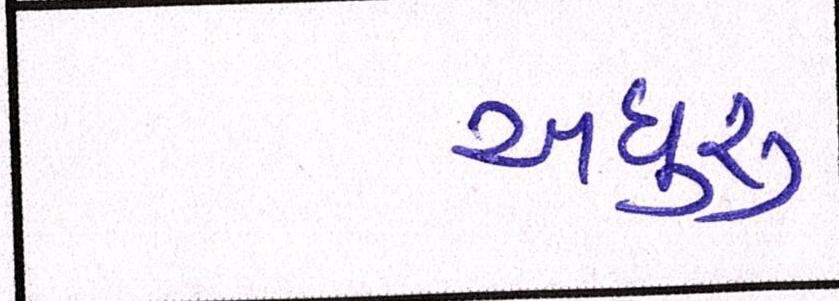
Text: અધુરુ